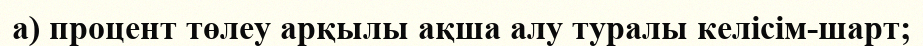
а) процент төлеу арқылы ақша алу туралы келісім-шарт;